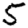
Digit: 5